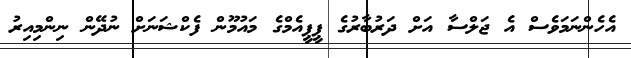
އެހެންނަމަވެސް އެ ޖަލްސާ އަށް ދަރުބާރުގެ ޕީޕީއެމްގެ މައުމޫން ފެކްޝަނަށް ނުދޭން ނިންމިއިރު